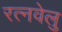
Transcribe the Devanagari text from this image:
रत्नवेलु